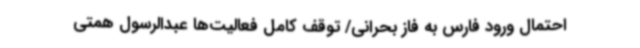
احتمال ورود فارس به فاز بحرانی/ توقف کامل فعالیت‌ها عبدالرسول همتی